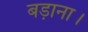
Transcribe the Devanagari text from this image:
बड़ाना।